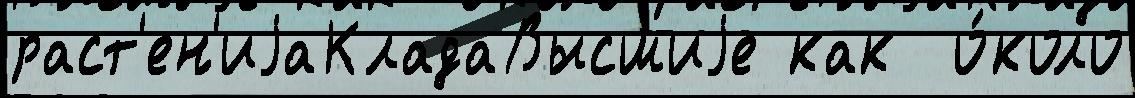
раст'ен'иjаКладаВысшиjе как  о́коло